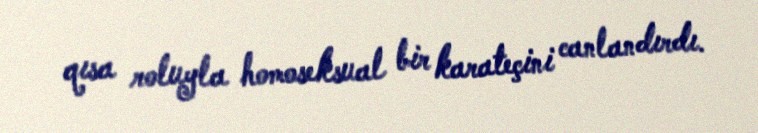
qısa roluyla homoseksual bir karateçini canlandırdı.